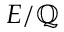
E / \mathbb { Q }